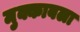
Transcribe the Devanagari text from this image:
मुक्काबला